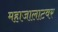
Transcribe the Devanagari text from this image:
महाजालाटवर